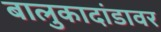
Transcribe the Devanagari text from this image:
बालुकादांडावर